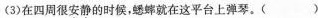
(3)在四周很安静的时候，蟋蟀就在这平台上弹琴。()